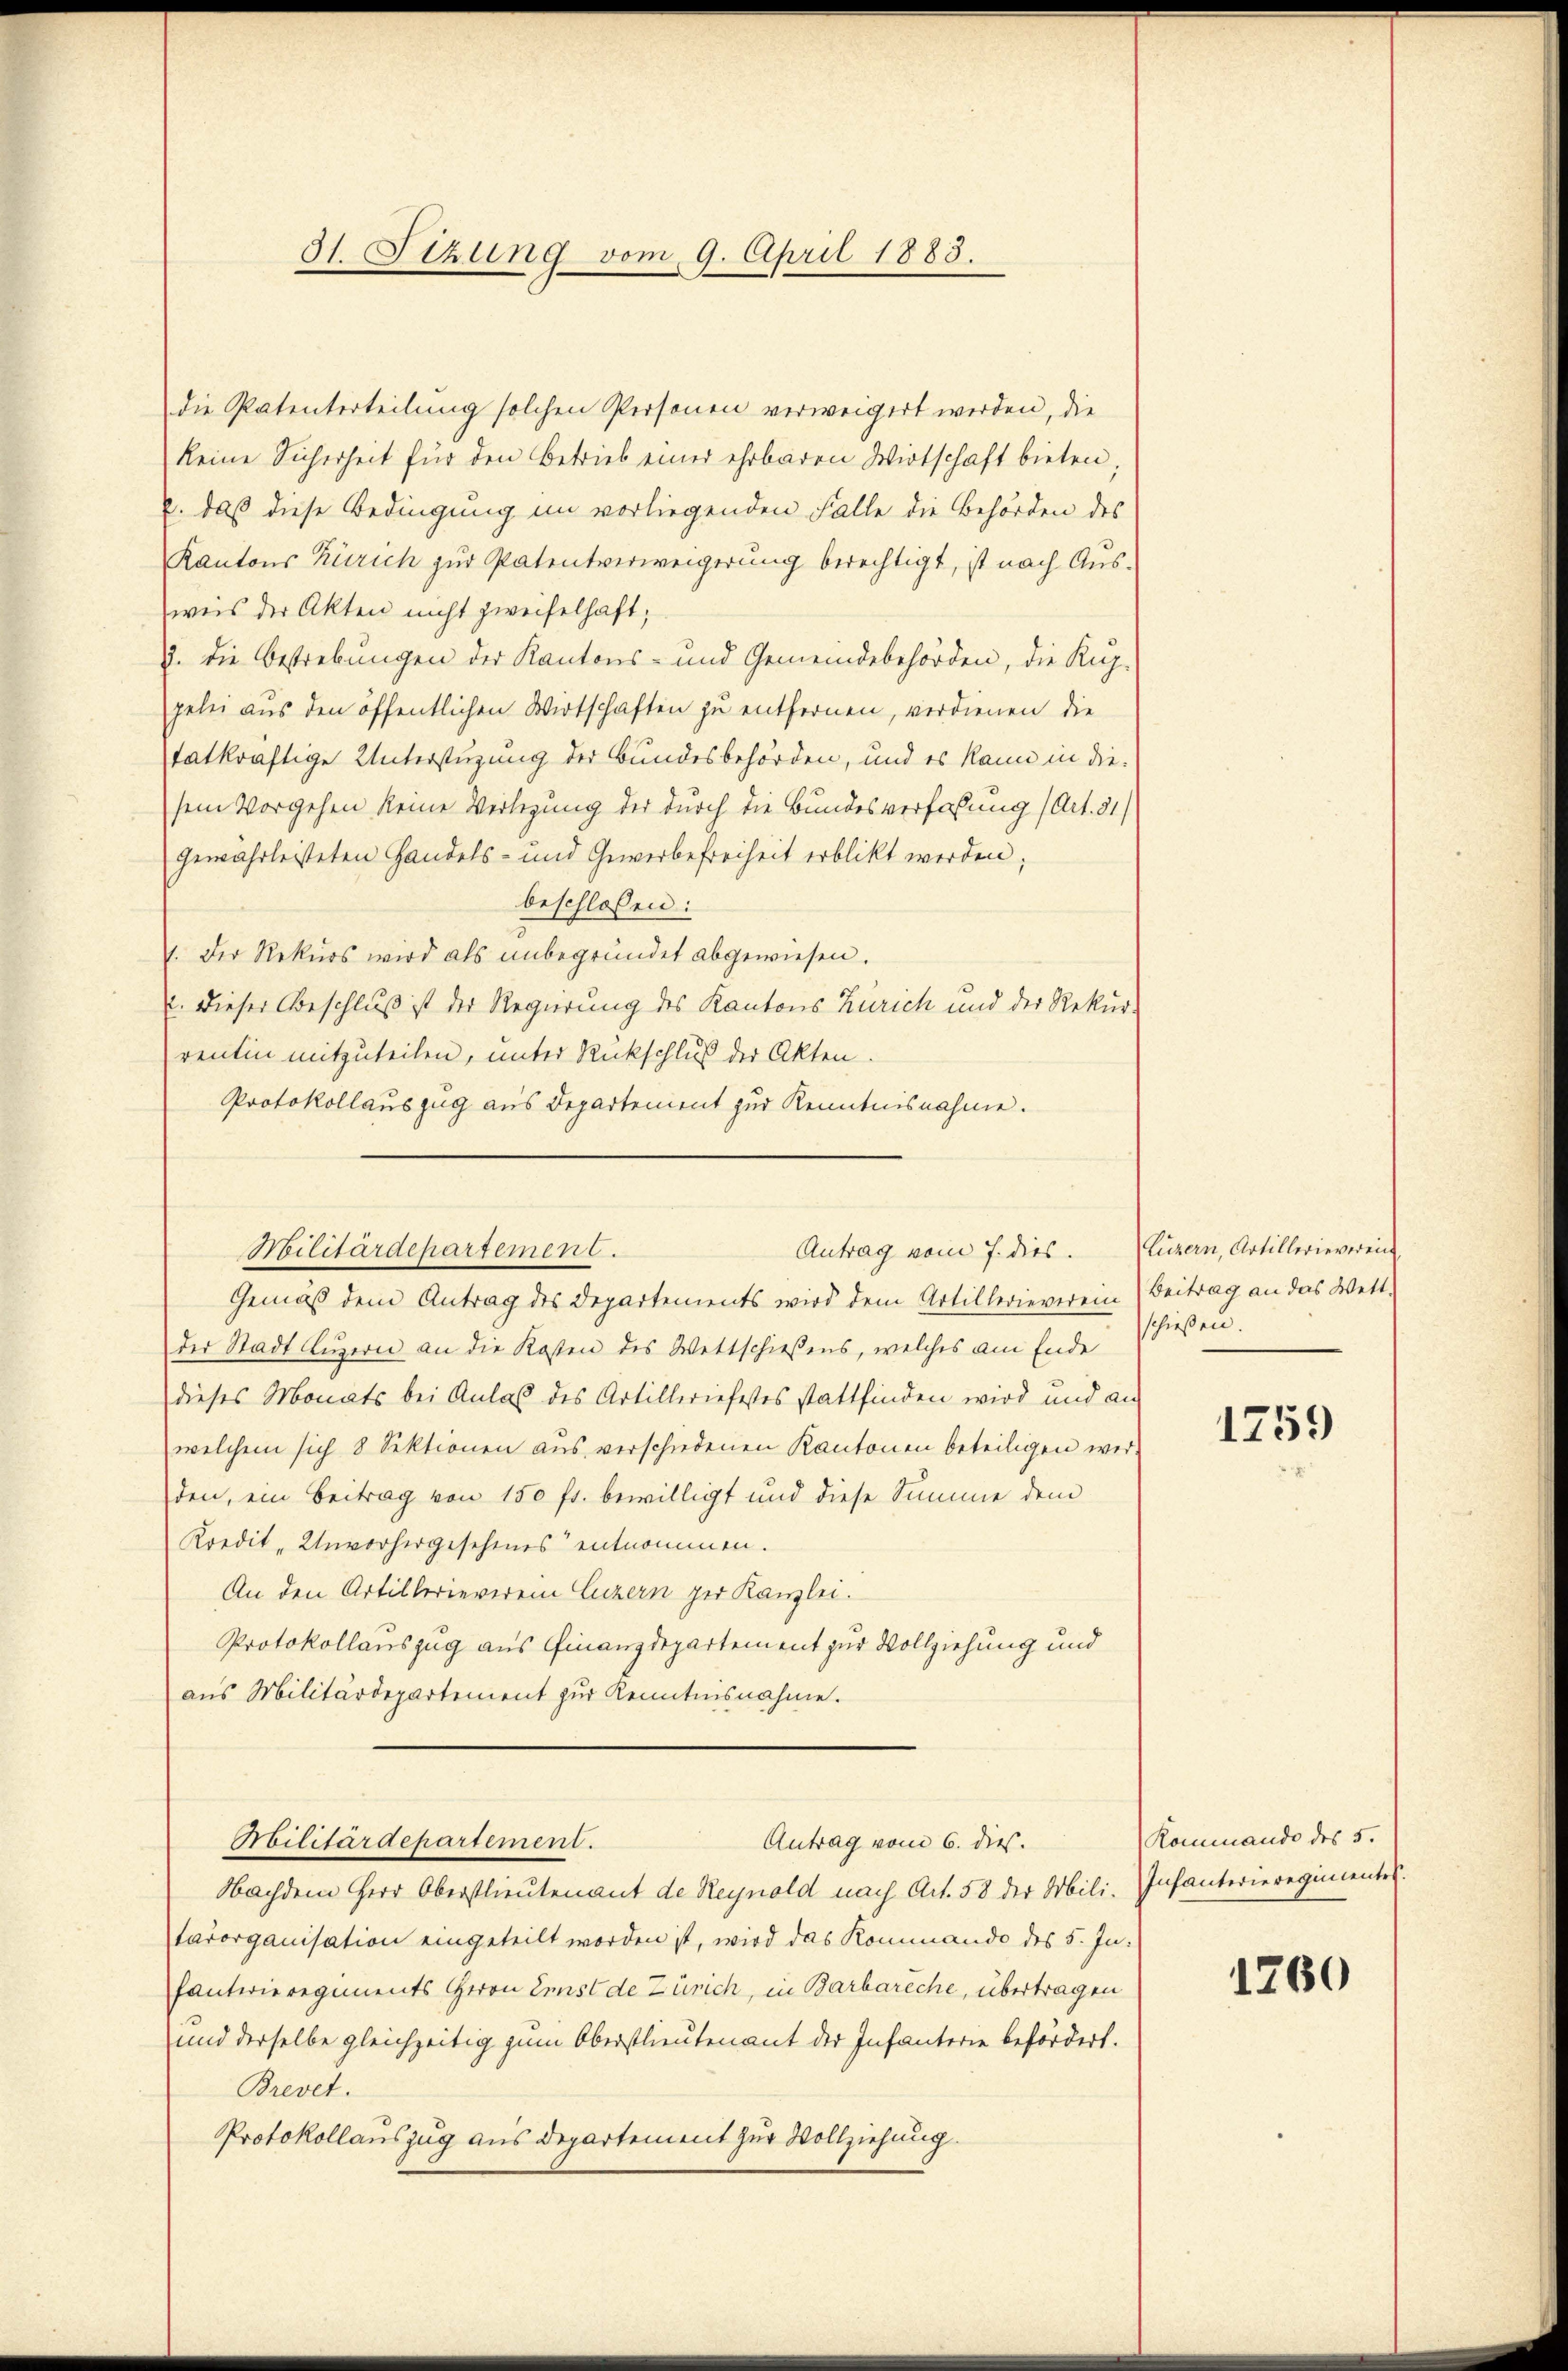
Antrag vom 7. dies.
Militärdepartement.

31. Sizung vom 9. April 1883.

die Patenterteilung solchen Personen verweigert werden, die
keine Sicherheit für den Betrieb einer ehrbaren Wirtschaft bieten;
. daß diese Bedingung im vorliegenden Falle die Behörden des
Kantons Zürich zur Patentverweigerung berechtigt, ist nach Ausweis der Akten nicht zweifelhaft;
u. die Bestrebungen der Kantons- und Gemeindebehörden, die Kup-
gelei aus den öffentlichen Wirtschaften zu entfernen, verdienen die
tatkräftige Unterstüzung der Bundesbehörden, und es kann in diesem Vorgehen keine Verlegung der durch die Bundesverfaßung (Art. 31)
gewährleisteten Handels- und Gewerbefreiheit erblickt werden;
beschlossen:
1. Der Rekurs wird als unbegründet abgewiesen.
2. Dieser Beschluß ist der Regierung des Kantons Zürich und der Rekur-
rentin mitzuteilen, unter Rückschluß der Akten.
Protokollauszug aus Departement zur Kenntnisnahme.

Gemäß dem Antrag des Departements wird dem Artillerieverein (Beitrag an das Wett-
der Stadt Luzern an die Kosten des Wettschießens, welches am Ende
dieses Monats bei Anlaß des Artilleriefestes stattfinden wird und an
welchem sich 8 Sektionen aus verschiedenen Kantonen beteiligen werden, ein Beitrag von 150 fr. bewilligt und diese Summe dem
Kredit „Unvorhergesehenes entnommen.
An den Artillerieverein Luzern per Kanzlei.
Protokollauszug aus Finanzdepartement zur Vollziehung und
aus Militärdepartement zur Kenntnisnahme.
Militärdepartement.
Antrag vom 6. dies.
Nachdem Herr Oberstlieutenant de Reynold nach Art. 58 der Mili. Infanterieregimentes.
tarorganisation eingeteilt worden ist, wird das Kommando des 5. Infanterieregiments Herrn Erst de Zürich, in Barbareche, übertragen
und derselbe gleichzeitig zum Oberstlieutenant der Infanterie befördert.
Brevet.
Protokollauszug aus Departement zur Vollziehung.

Luzern, Artillerieverein
schießen.

1259

Kommando des 5.

1260